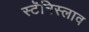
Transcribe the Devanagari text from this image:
स्टॅनिस्लाव